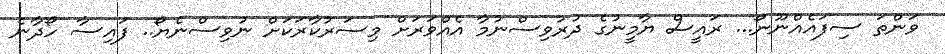
ވަންތަ ސިފައެއްނޫނޯ... ރައީސް ޔާމީނުގެ ދުރުވިސްނުމާ އެއްވަރަށް މިސަރުކާރަކަށް ނުވިސްނެޔޯ.. ފައިސާ ހޯދާނެ